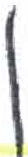
אות: ן